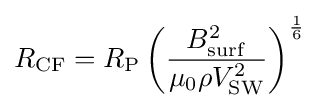
R_{\rm {CF}}=R_{\rm {P}}\left({\frac {B_{\rm {surf}}^{2}}{\mu _{0}\rho V_{\rm {SW}}^{2}}}\right)^{\frac {1}{6}}